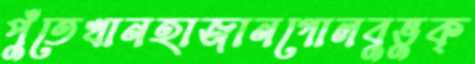
পুঁতেখানহাজানগোলবুভুক্